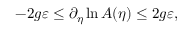
- 2 g \varepsilon \le \partial _ { \eta } \ln A ( \eta ) \le 2 g \varepsilon ,